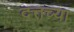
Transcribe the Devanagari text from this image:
दत्तच्या